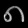
Digit: ၈